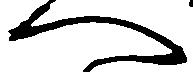
へ